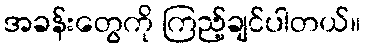
အခန်းတွေကို ကြည့်ချင်ပါတယ်။